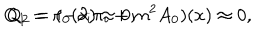
Q _ { 1 } = \pi _ { 0 } ( x ) \approx 0 , \hspace { 1 . 2 i n } Q _ { 2 } = ( - { \partial _ { i } } \pi _ { i } + { m ^ { 2 } } A _ { 0 } ) ( x ) \approx 0 ,